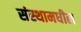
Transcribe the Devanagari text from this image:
संस्थामधील